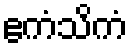
ဧကံသိကံ